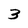
Character: 3